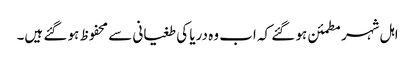
اہل شہر مطمئن ہو گئے کہ اب وہ دریا کی طغیانی سے محفوظ ہو گئے ہیں۔